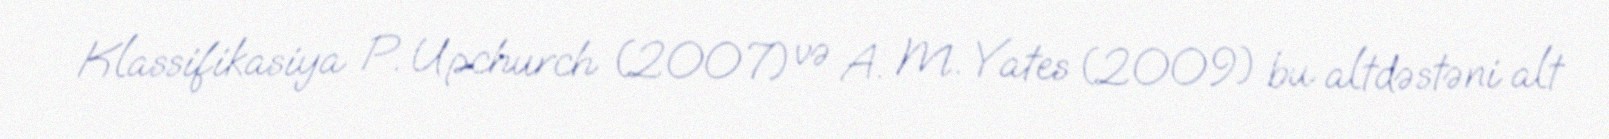
Klassifikasiya P. Upchurch (2007) və A. M. Yates (2009) bu altdəstəni alt